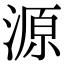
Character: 源